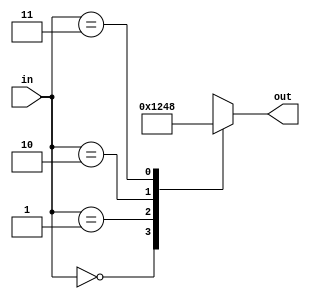
// This code is made with Claude

// 2-to-4  
module decoder_2to4 (
    input [1:0] in,    // 2  
    output reg [3:0] out   // 4  
);

//      
always @(*) begin
    case (in)
        2'b00: out = 4'b0001;  //  00   0001
        2'b01: out = 4'b0010;  //  01   0010
        2'b10: out = 4'b0100;  //  10   0100
        2'b11: out = 4'b1000;  //  11   1000
        default: out = 4'b0000; //     0000
    endcase
end

endmodule